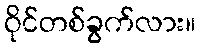
ဝိုင်တစ်ခွက်လား။